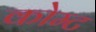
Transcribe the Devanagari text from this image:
कोम्ट